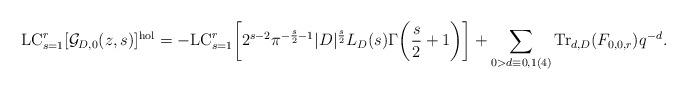
LaTeX: \begin{align*}\mathrm{LC}_{s=1}^r [\mathcal{G}_{D,0}(z,s)]^{\mathrm{hol}} &= -\mathrm{LC}_{s=1}^r\bigg[2^{s-2} \pi^{-\frac{s}{2}-1} |D|^{\frac{s}{2}} L_D(s) \Gamma\biggl(\frac{s}{2}+1\biggr)\bigg] + \sum_{0 > d \equiv 0, 1 (4)} \mathrm{Tr}_{d,D}(F_{0,0,r}) q^{-d}.\end{align*}